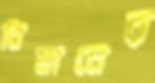
বিমানের